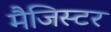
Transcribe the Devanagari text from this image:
मैजिस्टर